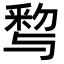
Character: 𨤒